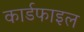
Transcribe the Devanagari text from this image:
कार्डफाइल